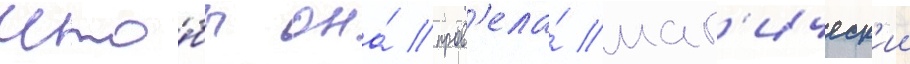
что́бы она́ пров'ела́ маг'ическ'ии